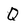
Character: Q